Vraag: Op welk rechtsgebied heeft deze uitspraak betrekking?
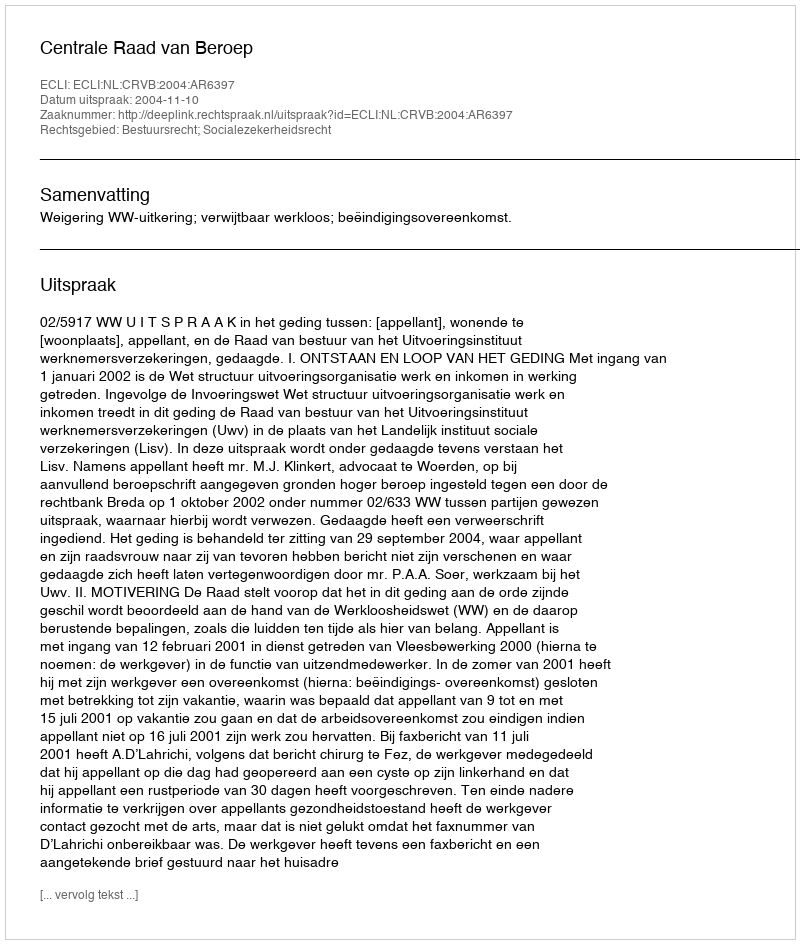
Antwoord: Bestuursrecht; Socialezekerheidsrecht